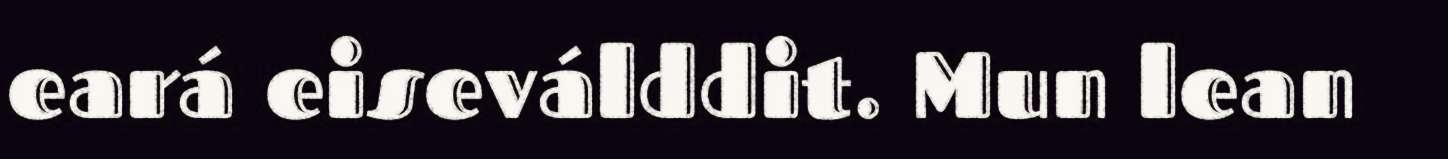
eará eiseválddit. Mun lean